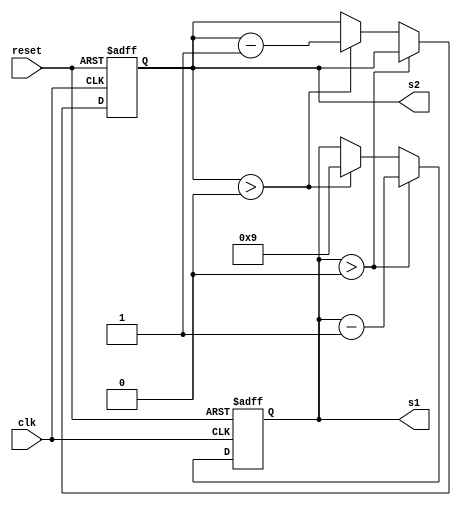
`timescale 1ns / 1ps
//////////////////////////////////////////////////////////////////////////////////
// Company: 
// Engineer: 
// 
// Design Name: 
// Module Name: h_counter
// Project Name: 
// Target Devices: 
// Tool Versions: 
// Description: 
// 
// Dependencies: 
// 
// Revision:
// Revision 0.01 - File Created
// Additional Comments:
// 
//////////////////////////////////////////////////////////////////////////////////

module seconds_timer(clk, reset, s1, s2);
    input clk;
    input reset;
    output reg [3:0] s1 = 9;
    output reg [2:0] s2 = 5;
//    output reg trig_m;
    always @(posedge clk, posedge reset)
        begin
//        posedge res)
            if (reset)
                begin
                    s1 <= 9;
                    s2 <= 5;
                end
            else
                if (s1 > 0)
                    begin
    //                    if (s1 == 1 && s2 == 0)
    //                        begin
    //                            trig_m = 1;
    //                        end
                        s1 <= s1 - 1; // value of h_count incremented
                    end
                else // value of h_count has reached 799
                    begin
                        if (s2 > 0)
                            begin
                                s2 <= s2 - 1;
                                s1 <= 9;
                            end
//                        else
//                            begin
//                                trig_m <= 1;
//                                s2 <= 5;
//                            end
                    end
//            if (s1 >= 9 && trig_m == 1) // h_count is 1 after reset
//                begin
//                    trig_m <= 0; // trig_v set to 0
//                end
            end
//        end
endmodule